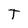
Character: T